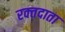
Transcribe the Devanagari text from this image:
रक्‍तदाता